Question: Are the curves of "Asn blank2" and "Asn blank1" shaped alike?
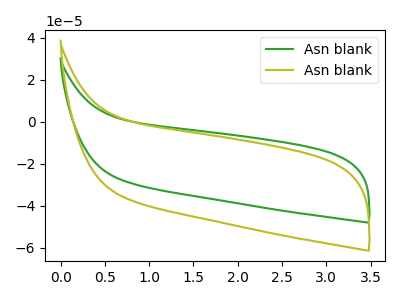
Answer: <think>The green curve "Asn blank1" has no peaks. The olive curve "Asn blank2" has no peaks.
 Neither "Asn blank2" or "Asn blank1" have any peaks.</think>
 <answer>"Asn blank2" and "Asn blank1" are similar in shape.</answer>
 <eval>same_shape</eval>